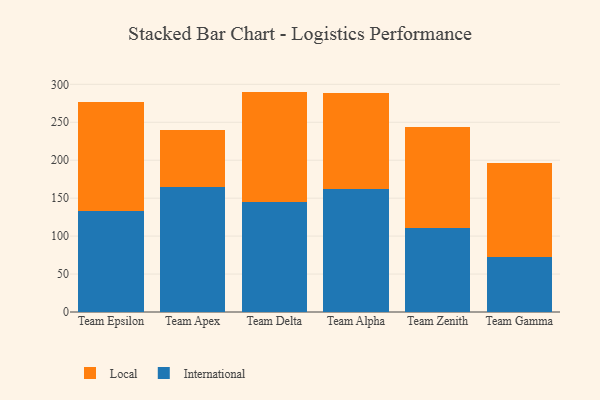
{"axis": {"x": "Team", "y": "Budget (USD K)"}, "legend": ["International", "Local"], "data": [{"x": "Team Epsilon", "y": 132.5, "type": "International"}, {"x": "Team Epsilon", "y": 144.8, "type": "Local"}, {"x": "Team Apex", "y": 165.0, "type": "International"}, {"x": "Team Apex", "y": 74.2, "type": "Local"}, {"x": "Team Delta", "y": 145.1, "type": "International"}, {"x": "Team Delta", "y": 145.3, "type": "Local"}, {"x": "Team Alpha", "y": 161.8, "type": "International"}, {"x": "Team Alpha", "y": 126.5, "type": "Local"}, {"x": "Team Zenith", "y": 110.5, "type": "International"}, {"x": "Team Zenith", "y": 133.6, "type": "Local"}, {"x": "Team Gamma", "y": 72.7, "type": "International"}, {"x": "Team Gamma", "y": 123.0, "type": "Local"}]}